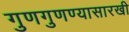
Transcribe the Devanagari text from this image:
गुणगुणण्यासारखी